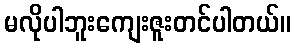
မလိုပါဘူးကျေးဇူးတင်ပါတယ်။